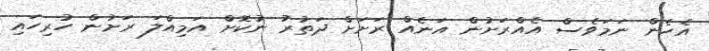
އެހެން ނަމަވެސް އެއްރަށުން އަނެއް ރަށަށް ދަތުރު ނުކޮށް އަމިއްލަ ރަށުން ހުރިހައި